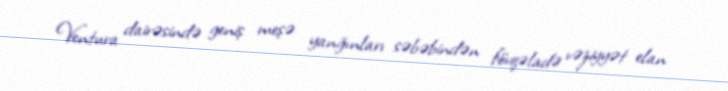
Ventura dairəsində geniş meşə yanğınları səbəbindən fövqəladə vəziyyət elan